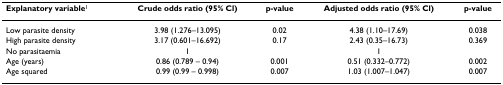
<table><thead><tr><td><b>Explanatory variable<sup>1</sup></b></td><td><b>Crude odds ratio (95% Cl)</b></td><td><b>p-value</b></td><td><b>Adjusted odds ratio (95% Cl)</b></td><td><b>p-value</b></td></tr></thead><tbody><tr><td>Low parasite density</td><td>3.98 (1.276–13.095)</td><td>0.02</td><td>4.38 (1.10–17.69)</td><td>0.038</td></tr><tr><td>High parasite density</td><td>3.17 (0.601–16.692)</td><td>0.17</td><td>2.43 (0.35–16.73)</td><td>0.369</td></tr><tr><td>No parasitaemia</td><td>1</td><td></td><td>1</td><td></td></tr><tr><td>Age (years)</td><td>0.86 (0.789 – 0.94)</td><td>0.001</td><td>0.51 (0.332–0.772)</td><td>0.002</td></tr><tr><td>Age squared</td><td>0.99 (0.99 – 0.998)</td><td>0.007</td><td>1.03 (1.007–1.047)</td><td>0.007</td></tr></tbody></table>